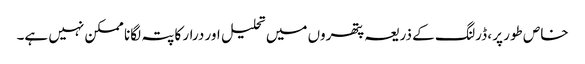
خاص طور پر ، ڈرلنگ کے ذریعہ پتھروں میں تحلیل اور درار کا پتہ لگانا ممکن نہیں ہے۔